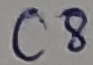
Text: C8